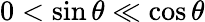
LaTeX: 0<\sin{\theta}\ll\cos{\theta}